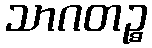
သာဂတဉ္စ